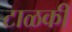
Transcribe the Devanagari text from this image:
टाळकी